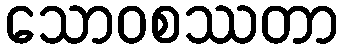
သောဝစဿတာ